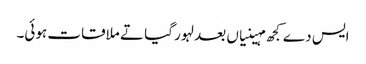
ایس دے کجھ مہینیاں بعد لہور گیا تے ملاقات ہوئی۔